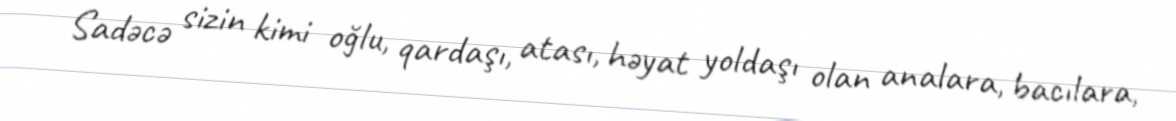
Sadəcə sizin kimi oğlu, qardaşı, atası, həyat yoldaşı olan analara, bacılara,